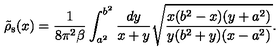
\tilde { \rho } _ { \mathrm { s } } ( x ) = { \frac { 1 } { 8 \pi ^ { 2 } \beta } } \int _ { a ^ { 2 } } ^ { b ^ { 2 } } { \frac { d y } { x + y } } \sqrt { { \frac { x ( b ^ { 2 } - x ) ( y + a ^ { 2 } ) } { y ( b ^ { 2 } + y ) ( x - a ^ { 2 } ) } } } .